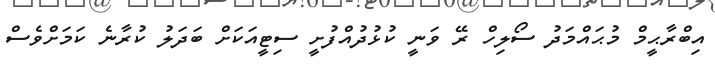
އިބްރާޙީމް މުޙައްމަދު ސޯލިހް ރޭ ވަނީ ކުޅުދުއްފުށީ ސިޓީއަކަށް ބަދަލު ކުރާނެ ކަމަށްވެސް